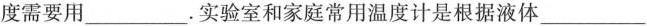
度需要用___。实验室和家庭常用温度计是根据液体___的规律制成的。